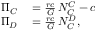
\begin{array} { r l } { \Pi _ { C } } & { { } = \frac { r c } { G } \, N _ { C } ^ { C } - c } \\ { \Pi _ { D } } & { { } = \frac { r c } { G } \, N _ { C } ^ { D } , } \end{array}